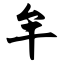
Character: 牟